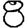
Digit: 8